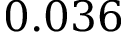
0 . 0 3 6